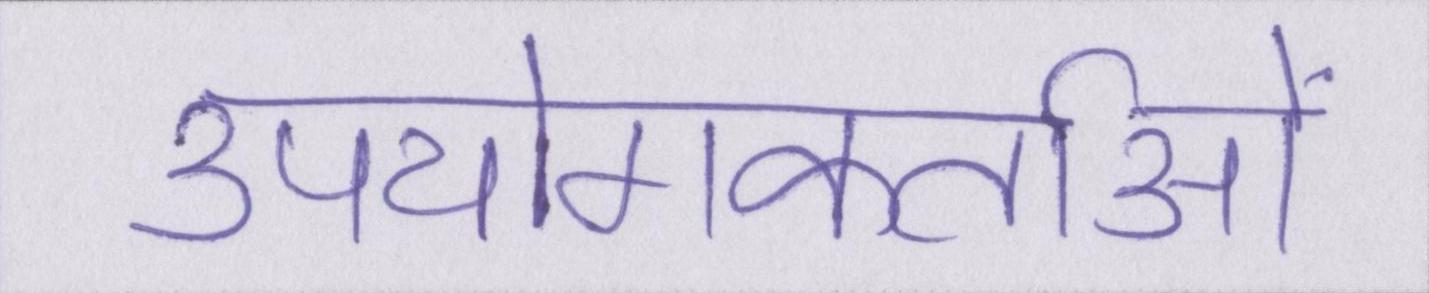
उपयोगकर्ताओं